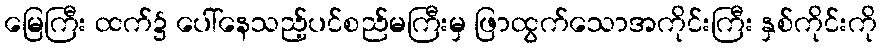
မြေကြီး ထက်၌ ပေါ်နေသည့်ပင်စည်မကြီးမှ ဖြာထွက်သောအကိုင်းကြီး နှစ်ကိုင်းကို